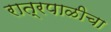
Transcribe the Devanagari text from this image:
रात्रपाळीचा